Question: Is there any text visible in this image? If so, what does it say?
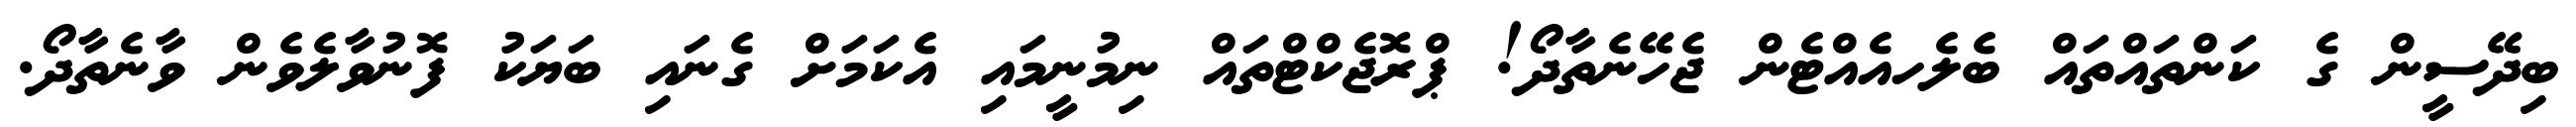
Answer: ބިދޭސީން ގެ ކަންތައްތައް ބެލެހއެއްޓެން ޖެހޭނެތާދޯ! ޕްރޮޖެކްޓްތައް ނިމުނީމައި އެކަމަށް ގެނައި ބަޔަކު ފޮނުވާލެވެން ވާނެތާދޯ.